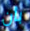
بأن